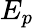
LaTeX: E_{p}